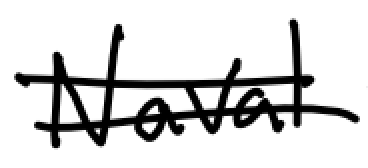
Text: Naval
Cross-out: double-line
Writing tool: digital_black